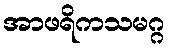
အာဖရိကသမဂ္ဂ